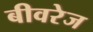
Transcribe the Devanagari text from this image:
बीवरेज